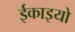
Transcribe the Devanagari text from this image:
ईकाइयो